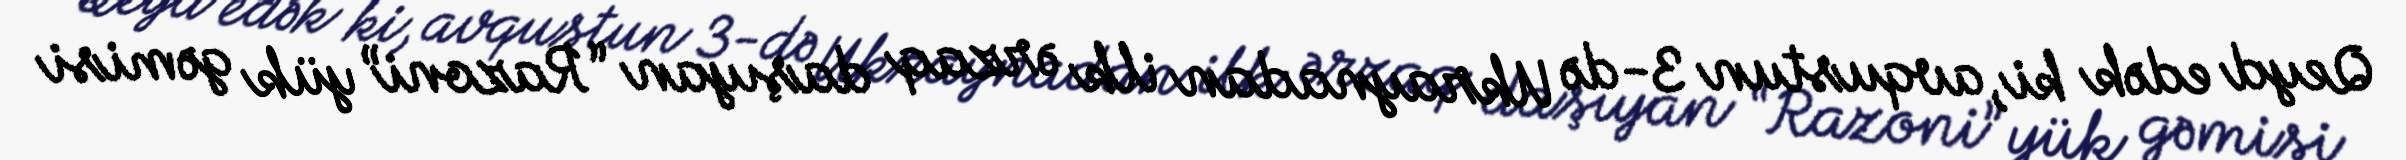
Qeyd edək ki, avqustun 3-də Ukraynadan ilk ərzaq daşıyan “Razoni” yük gəmisi